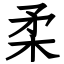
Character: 柔